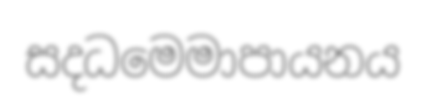
සදධමෙමාපායනය